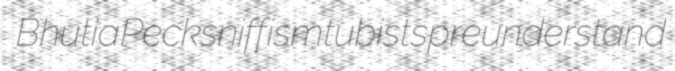
Bhutia Pecksniffism tubists preunderstand